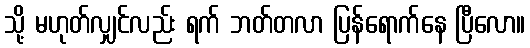
သို့ မဟုတ်လျှင်လည်း ရက် ဘတ်တလာ ပြန်ရောက်နေ ပြီလော။